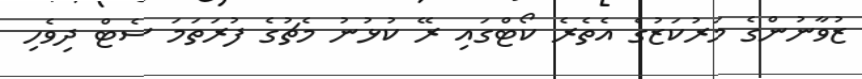
ޒުވާނުންގެ މަރުކަޒުގެ އެތެރެ ކޯޓްގައި ރޭ ކުޅުނު މެޗުގެ ފުރަތަމަ ސެޓް ދިވެހި